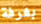
بغرفة